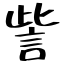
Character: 訾